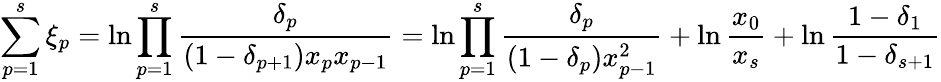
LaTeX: \sum_{p=1}^{s}\xi_{p}=\ln\prod_{p=1}^{s}{\frac{\delta_{p}}{\left(1-\delta_{p+1}\right)x_{p}x_{p-1}}}=\ln\prod_{p=1}^{s}{\frac{\delta_{p}}{\left(1-\delta_{p}\right)x_{p-1}^{2}}}+\ln{\frac{x_{0}}{x_{s}}}+\ln{\frac{1-\delta_{1}}{1-\delta_{s+1}}}